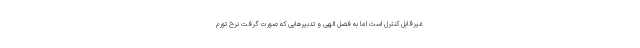
غیرقابل کنترل است اما به فضل الهی و تدبیرهایی که صورت گرفت نرخ تورم